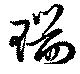
瑞